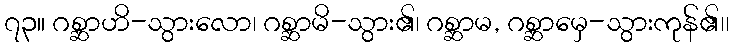
၇၃။ ဂစ္ဆာဟိ-သွားလော၊ ဂစ္ဆာမိ-သွား၏၊ ဂစ္ဆာမ, ဂစ္ဆာမှေ-သွားကုန်၏၊၊